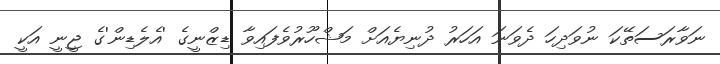
ނަވާރަސަތޭކަ ނުވަދިހަ ދެވަނަ އަހަރު ދުނިޔެއަށް މަޝްހޫރުވެފައިވާ ޑިޒްނީގެ 'އެލެޑިން'ގެ ޖީނީ އަކީ